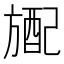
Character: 𬀎